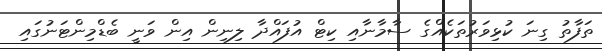
ތަފާތު ގިނަ ކުޅިވަރުތަކެއްގެ ސާމާނާއި ކިޓް އުފައްދާ ލިނިން އިން ވަނީ ބެޑްމިންޓަނުގައި